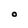
Character: O